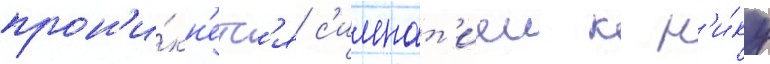
прон'и́кн'етс'я с'импат'иеи к н'и́ку